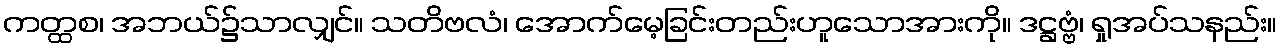
ကတ္ထစ၊ အဘယ်၌သာလျှင်။ သတိဗလံ၊ အောက်မေ့ခြင်းတည်းဟူသောအားကို။ ဒဋ္ဌဗ္ဗံ၊ ရှုအပ်သနည်း။